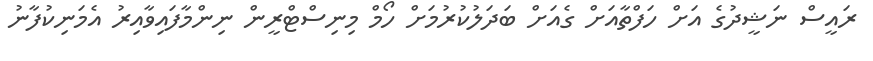
ރައީސް ނަޝީދުގެ އަށް ހަފްތާއަށް ގެއަށް ބަދަލުކުރުމަށް ހޯމް މިނިސްޓްރީން ނިންމާފައިވާއިރު އެމަނިކުފާނު